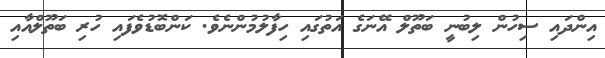
އިންދައި ސިހުން ލިބުނީ ބަތޫލް އޭނަގެ އަތުގައި ހިފާލުމުންނެވެ. ކަންބޮޑުވެފައި ހުރި ބަތޫލްއާއި